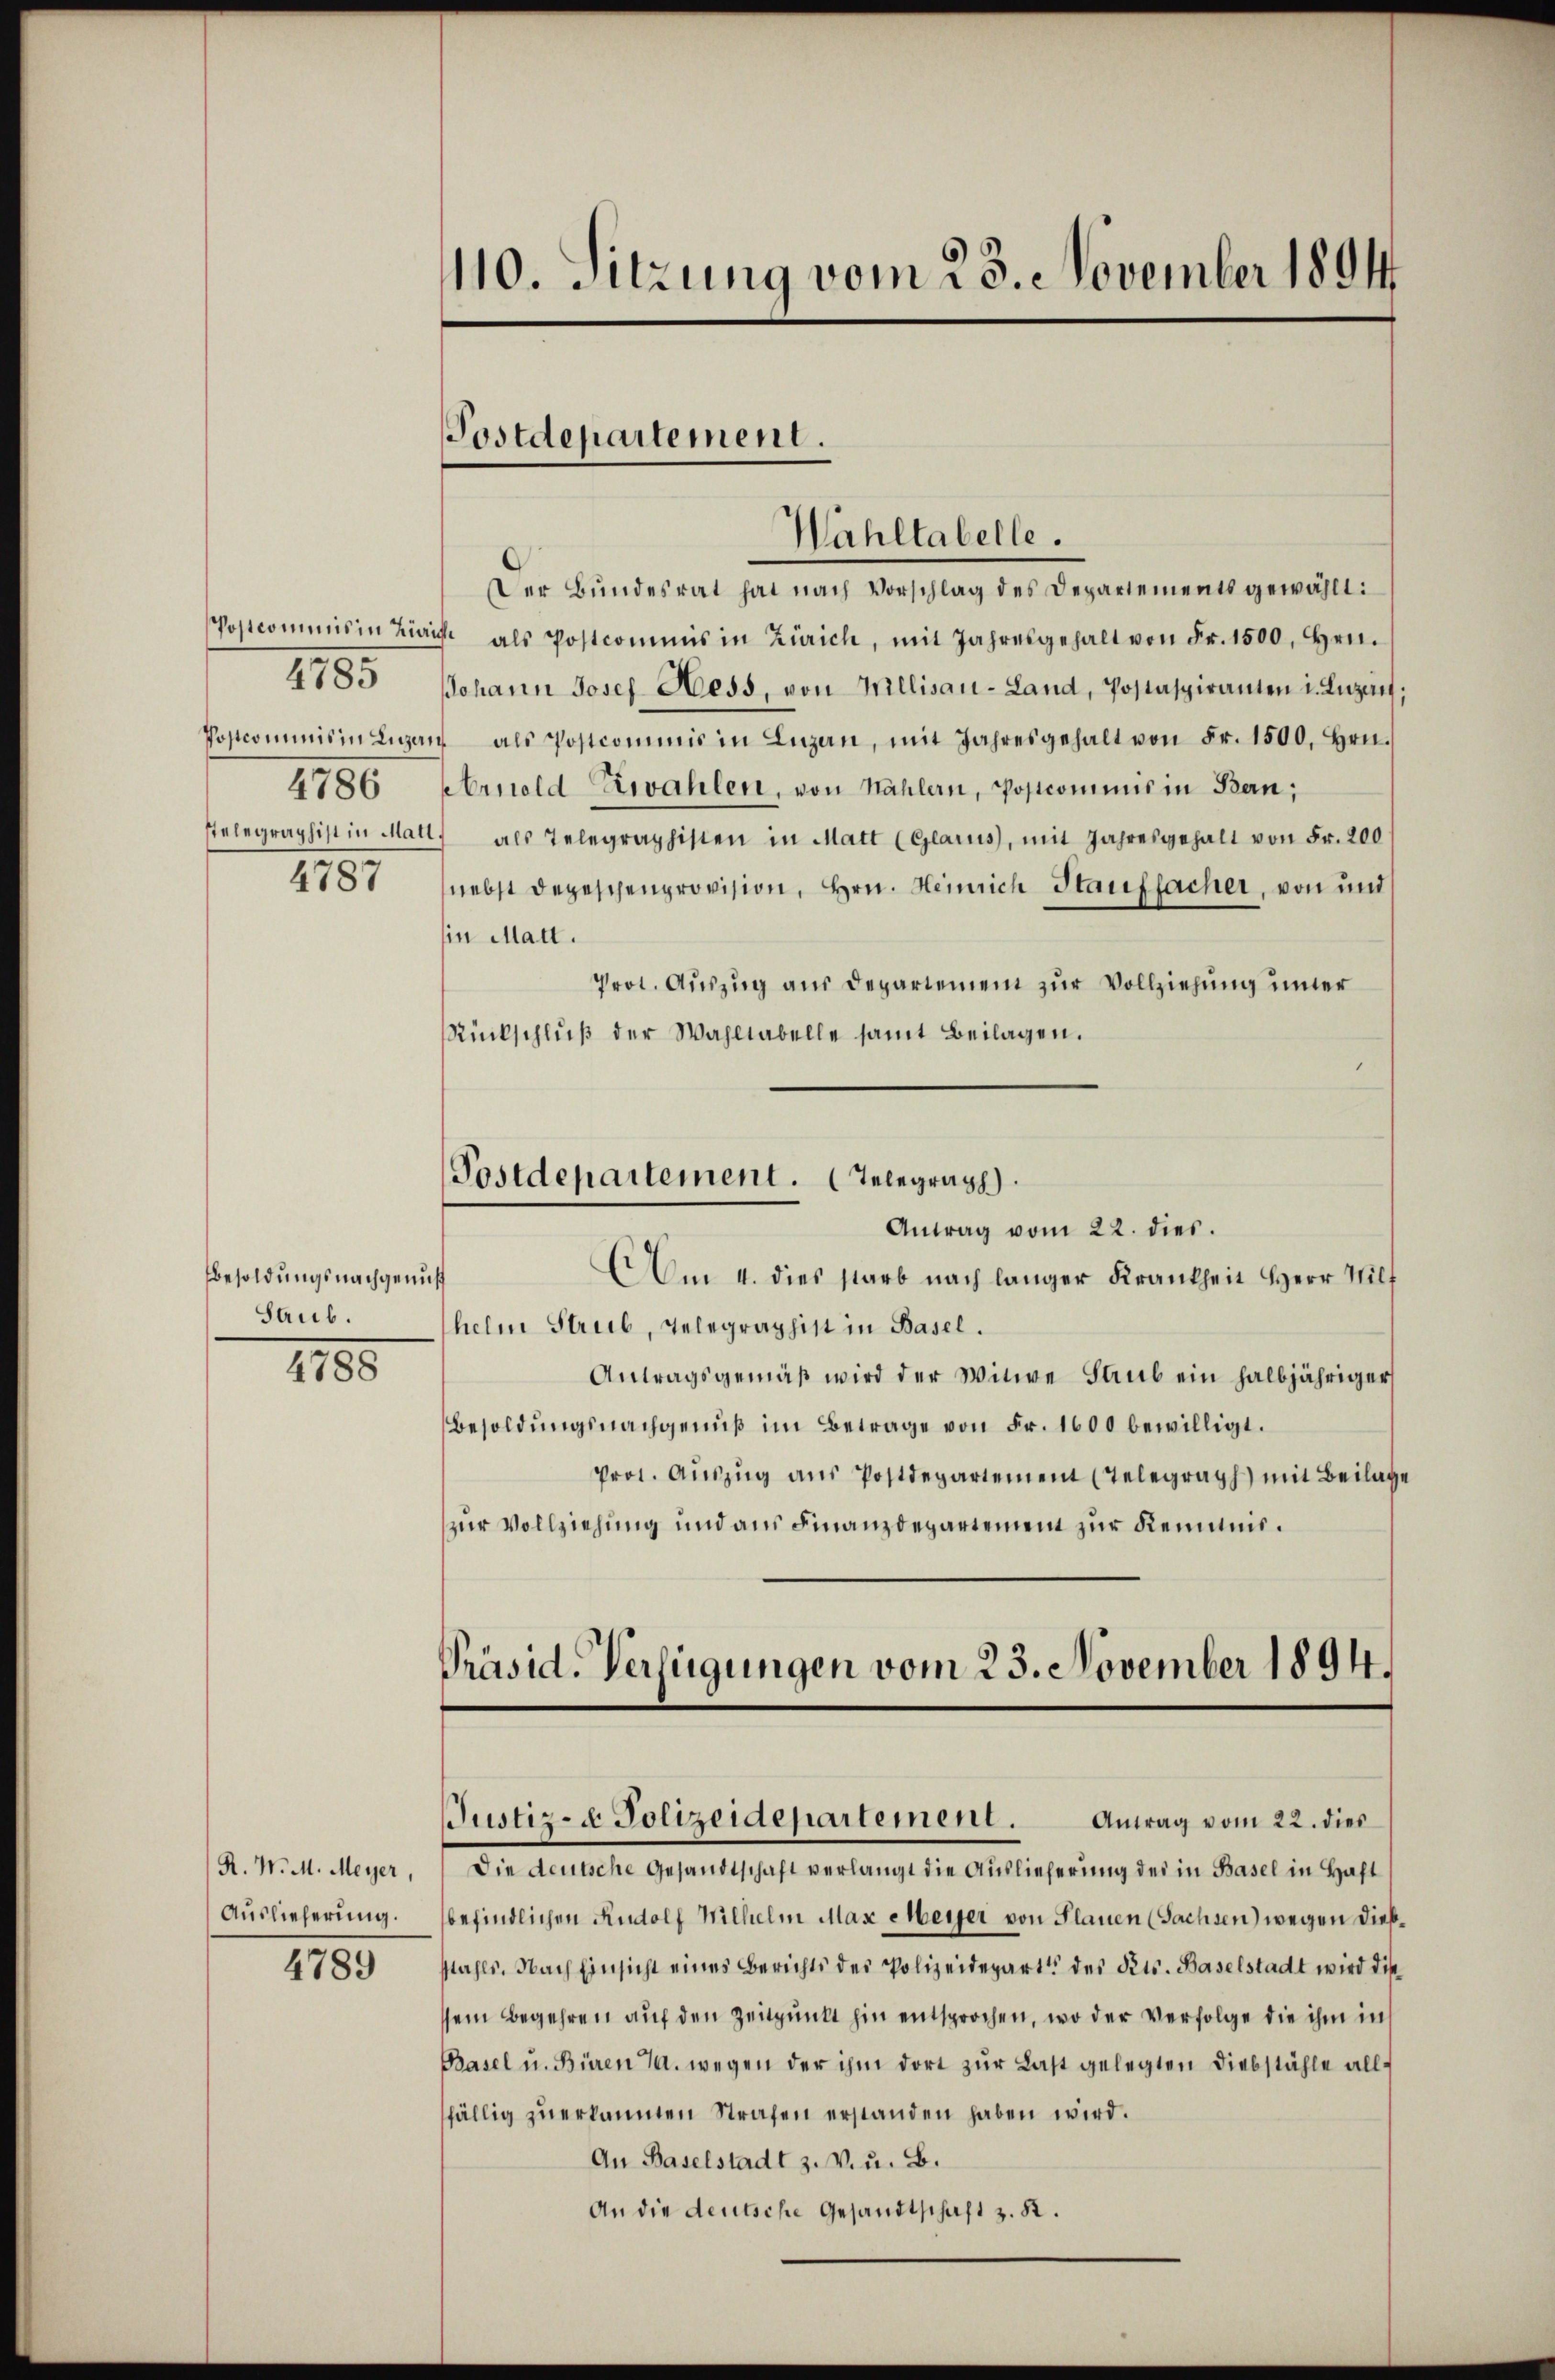
Postcommis in Zin
Postcommis in Luzern
4786
Relegraphist in Mall
4787

4785

Besoldungsnachgenus
Saub.
4788

R. W. M. Meyer,
Auslieferung.
4789

110. Sitzung vom 23. November 1894

Postdepartement.
Wahltabelle.

Der Bundesrat hat nach Vorschlag des Departements gewählt:
 als Postcomens in Zürich, mit Jahresgehalt von Fr. 1500. Hrn.
Johann Josef Hess, von Millisau-Land, Postaspiranten i. Luzern,
" als Postcommis in Luzern, mit Jahresgehalt von Fr. 1500. Hrn.
Arnold zwahlen, von Mahlern, Postcommis in Bern;
 als Telegraphisten in Matt (Glarus, mit Jahresgehalt von Fr. 200
nebst depeschenprovision, Hrn. Heinrich Stauffacher, von und
in Matt.
Prot. Auszug aus Departemen zur Vollziehung inner
Rückschluß der Wahltabelle samt Beilagen.
Postdepartement. Telegraph
Antrag vom 22. dies.
AAm 4. dies starb nach langer Krankheit Herr Hilf
helm Strieb, Telegraphist in Basel.
Antragsgemäß wird der Witwe Stub ein halbjähriger
Besoldungsnachgeniß im Betrage von Fr. 1600 bewilligt.
Prot. Aŭszŭg aŭs Postdepartement (Telegraph mit Beilage
zur Vollziehung und aus Finanzdepartement zur Kenntnis.

Präsid. Verfügungen vom 23. November 1894.
JJustiz- & Polizeidepartement. Antrag vom 22. dies

I. Andelte Gesandtschaft verlange der Gemein seinen der in derart in geste
befindlichen Rudolf Wilhelm Max Meyer von Plauen (Sachsen) wegen dießstahls. Nach Einsicht eines Berichts des Polizeidepart des Kts. Baselstadt wird die
sein Begehren auf den Zeitpunkt hin entsprochen, wo der Verfolge die ihm in
Basel u. Büren J. wegen der ihm dort zŭr Last gelegten Diebstähle alle
fällig zŭ erkannten Strafen erstanden haben wird.
An Baselstadt z. v. u. B.
An die deutsche Gesandtschaft z. K.